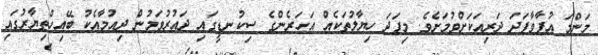
މަންމަ އުފާވާފަދަ ދަރިއަކަށްވުމަށެވެ. މިފަދަ ހިޔާލުތަކެއް އަހަރެންގެ ސިކުނޑީގައި ދައުރުވަމުން ދިއުމާއެކު ބޭއިހްތިޔާރުގައި